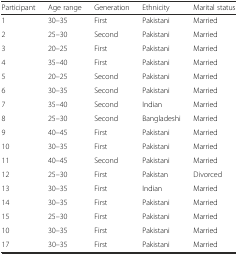
| Participant | Age range | Generation | Ethnicity | Marital status |
 | --- | --- | --- | --- | --- |
 | 1 | 30–35 | First | Pakistani | Married |
 | 2 | 25–30 | Second | Pakistani | Married |
 | 3 | 20–25 | First | Pakistani | Married |
 | 4 | 35–40 | First | Pakistani | Married |
 | 5 | 20–25 | Second | Pakistani | Married |
 | 6 | 30–35 | Second | Pakistani | Married |
 | 7 | 35–40 | Second | Indian | Married |
 | 8 | 25–30 | Second | Bangladeshi | Married |
 | 9 | 40–45 | First | Pakistani | Married |
 | 10 | 30–35 | First | Pakistani | Married |
 | 11 | 40–45 | Second | Pakistani | Married |
 | 12 | 25–30 | First | Pakistan | Divorced |
 | 13 | 30–35 | First | Indian | Married |
 | 14 | 30–35 | First | Pakistani | Married |
 | 15 | 25–30 | First | Pakistani | Married |
 | 10 | 30–35 | First | Pakistani | Married |
 | 17 | 30–35 | First | Pakistani | Married |